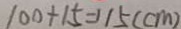
1 0 0 + 1 5 = 1 1 5 ( c m )